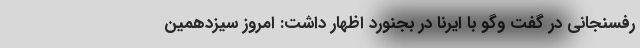
رفسنجانی در گفت وگو با ایرنا در بجنورد اظهار داشت: امروز سیزدهمین